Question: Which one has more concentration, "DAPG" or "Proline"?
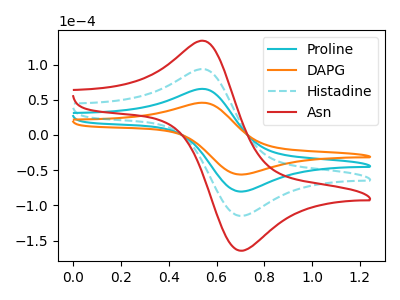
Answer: <think>The cyan curve "Proline" has an anodic peak at (0.55V, 65.10uA) and a cathodic peak at (0.70V, -80.45uA). The orange curve "DAPG" has an anodic peak at (0.55V, 45.55uA) and a cathodic peak at (0.70V, -56.25uA). The cyan dashed curve "Histadine" has an anodic peak at (0.55V, 130.25uA) and a cathodic peak at (0.70V, -160.90uA). The red curve "Asn" has an anodic peak at (0.55V, 195.35uA) and a cathodic peak at (0.70V, -241.35uA).
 All the peaks in "DAPG" have a peak in "Proline" at the same potential. Every peak in "DAPG" is lower than every peak in "Proline".</think>
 <answer>"DAPG" has less signal than "Proline" and so likely has a lower concentration.</answer>
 <eval>less_concentration</eval>